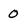
Character: O